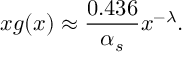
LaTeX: x g ( x ) \approx \frac { 0 . 4 3 6 } { \alpha _ { s } } x ^ { - \lambda } .